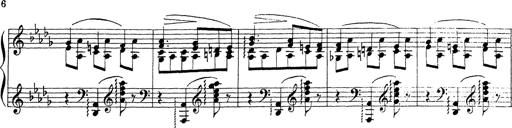
Title: Ballade No.1
Composer: Richard St. Clair